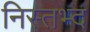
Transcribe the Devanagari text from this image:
निस्तभ्द